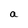
Character: a